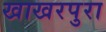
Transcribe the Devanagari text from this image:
खाखरपुरा